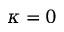
\kappa = 0